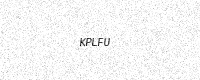
Text: KPLFU